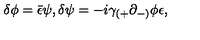
\delta \phi = { \bar { \epsilon } } \psi , \delta \psi = - i \gamma _ { ( + } \partial _ { - ) } \phi \epsilon ,